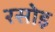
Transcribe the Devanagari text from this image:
रसोइ